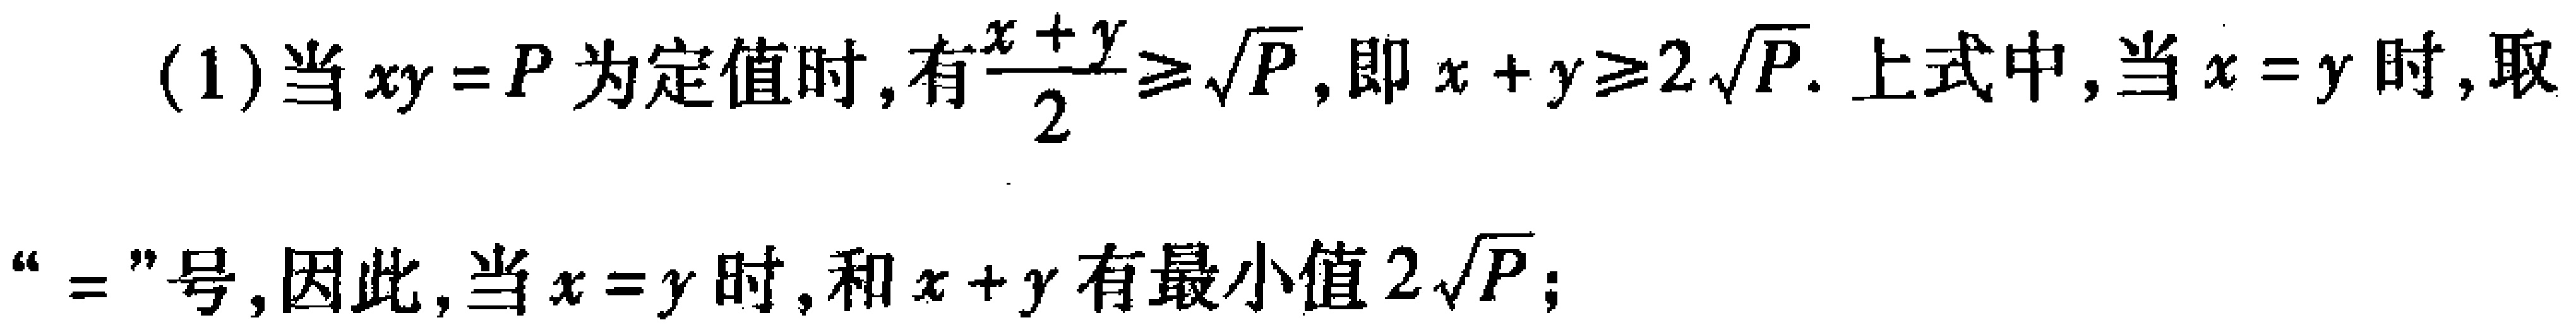
(1) 当 \(xy = P\) 为定值时，有\(\frac{x + y}{2}\geq\sqrt{P}\)，即 \(x + y\geq2\sqrt{P}\). 上式中，当 \(x = y\) 时，取“\(=\)”号，因此，当 \(x = y\) 时，和 \(x + y\) 有最小值 \(2\sqrt{P}\)；